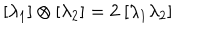
[ \lambda _ { 1 } ] \otimes [ \lambda _ { 2 } ] = 2 \ [ \lambda _ { 1 } \lambda _ { 2 } ]